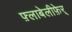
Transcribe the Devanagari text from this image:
फ़्लाबेलीफ़ेर्